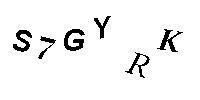
S7GYRK